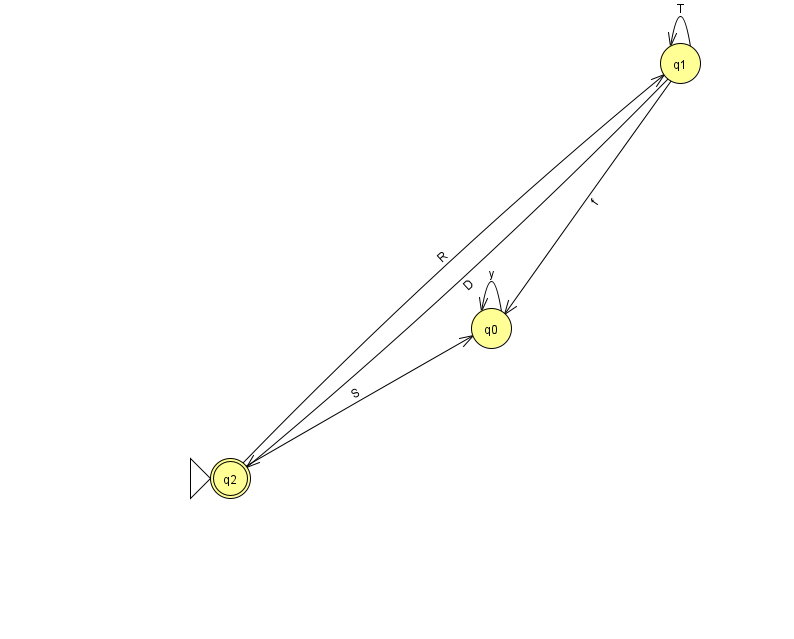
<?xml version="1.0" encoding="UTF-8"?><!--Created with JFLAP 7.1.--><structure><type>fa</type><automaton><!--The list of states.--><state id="0" name="q0"><x>491.0</x><y>315.0</y></state><state id="1" name="q1"><x>680.0</x><y>50.0</y></state><state id="2" name="q2"><x>230.0</x><y>465.0</y><initial/><final/></state><!--The list of transitions.--><transition><from>2</from><to>1</to><read>R</read></transition><transition><from>1</from><to>1</to><read>T</read></transition><transition><from>1</from><to>2</to><read>D</read></transition><transition><from>0</from><to>0</to><read>y</read></transition><transition><from>1</from><to>0</to><read>f</read></transition><transition><from>2</from><to>0</to><read>S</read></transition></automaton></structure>